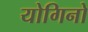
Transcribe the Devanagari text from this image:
योगिनो